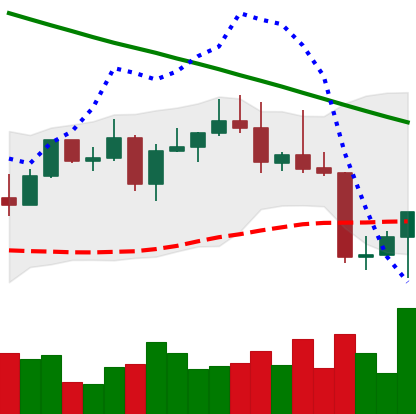
Ticker: LTC-USD
Chart end date: 2022-08-22
Forward return: -7.345%
Label: down_7plus